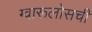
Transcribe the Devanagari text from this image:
ग्वारूलोसची